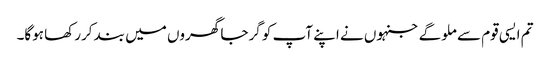
تم ایسی قوم سے ملوگے جنہوں نے اپنے آپ کو گرجا گھروں میں بند کررکھا ہوگا۔